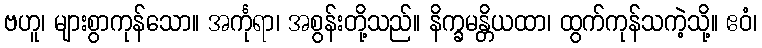
ဗဟူ၊ များစွာကုန်သော။ အင်္ကုရာ၊ အစွန်းတို့သည်။ နိက္ခမန္တိယထာ၊ ထွက်ကုန်သကဲ့သို့။ ဧဝံ၊